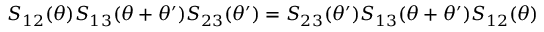
S _ { 1 2 } ( \theta ) S _ { 1 3 } ( \theta + \theta ^ { \prime } ) S _ { 2 3 } ( \theta ^ { \prime } ) = S _ { 2 3 } ( \theta ^ { \prime } ) S _ { 1 3 } ( \theta + \theta ^ { \prime } ) S _ { 1 2 } ( \theta )